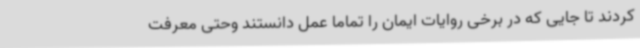
کردند تا جایی که در برخی روایات ایمان را تماما عمل دانستند وحتی معرفت